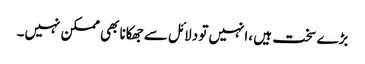
بڑے سخت ہیں ،انہیں تو دلائل سے جھکانا بھی ممکن نہیں۔